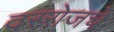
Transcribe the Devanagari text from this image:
दररोजचे